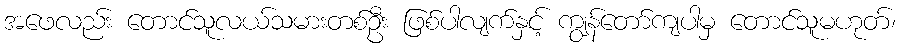
အဖေလည်း တောင်သူလယ်သမားတစ်ဦး ဖြစ်ပါလျက်နှင့် ကျွန်တော်ကျပါမှ တောင်သူမဟုတ်၊